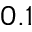
0 . 1